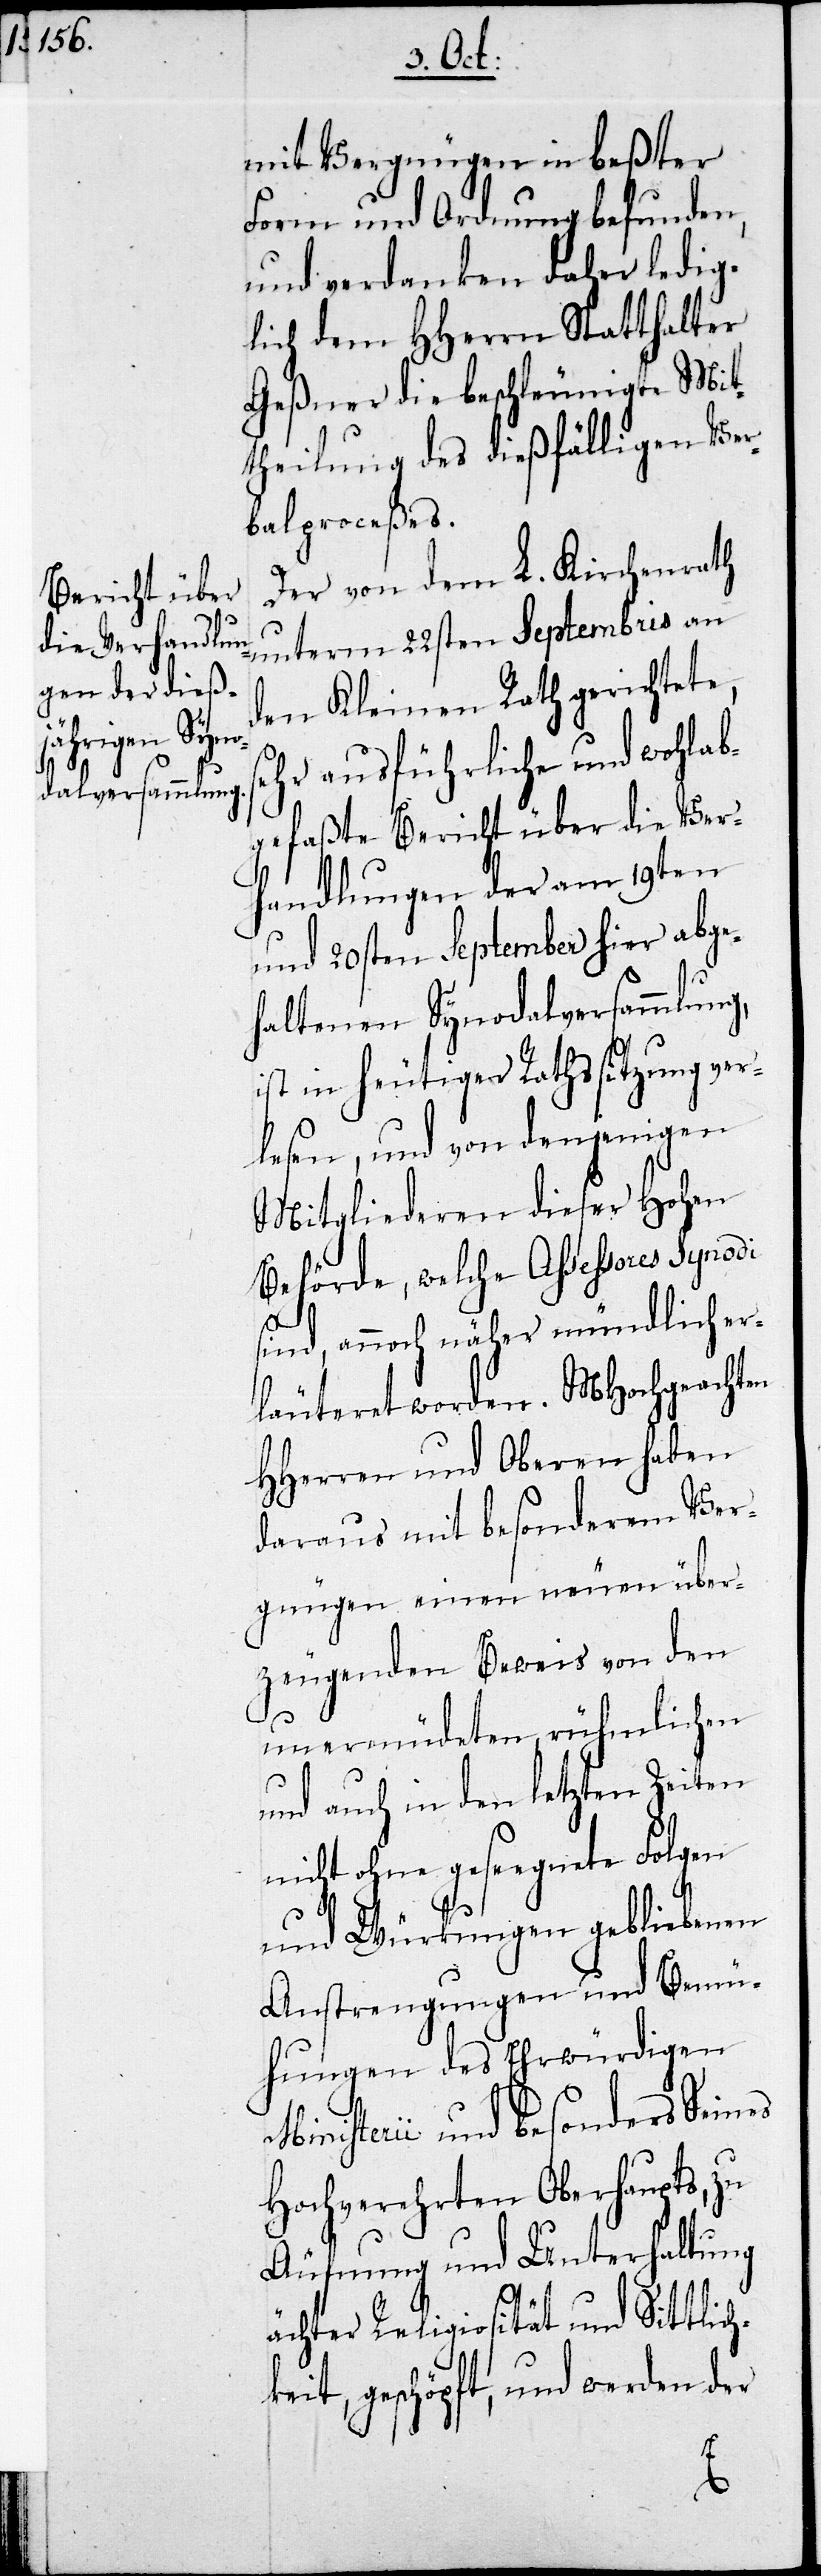
h¬

Äufnung und

mit Vergnügen in beßter
Form und Ordnung befunden
und verdanken daher ledig¬
lich dem HHerrn Statthalter
Geßner die beschleunigte Mit¬
theilung des dießfälligen Ver¬
balproceßes.
Der von dem L. Kirchenrath
unterm 22sten Septembris an
den Kleinen Rath gerichtete,
sehr ausführliche und wohlab¬
gefaßte Bericht über die Ver¬
handlungen der am 19ten
und 20sten September hier abge¬
haltenen Synodalversammlung,
ist in heutiger Rathssitzung ver¬
lesen, und von denjenigen
Mitgliederen dieser Hohen
Behörde, welche Assessores Synodi
sind, annoch näher mündlich er¬
läuteret worden. MHochgeachten
HHerren und Oberen haben
daraus mit besonderem Ver¬
gnügen einen neuen über¬
zeugenden Beweis von den
unermüdeten, rühmlichen
und auch in den letzten Zeiten
nicht ohne gesegnete Folgen
und Würkungen gebliebenen
Anstrengungen und Bemü¬
hungen des Ehrwürdigen
Ministerii und besonders Seines
Hochverehrten Oberhaupts, zu
ächter Religiosität und Sittlic¬
keit, geschöpft, und werden der